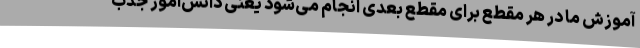
آموزش ما در هر مقطع برای مقطع بعدی انجام می‌شود یعنی دانش‌آموز جذب